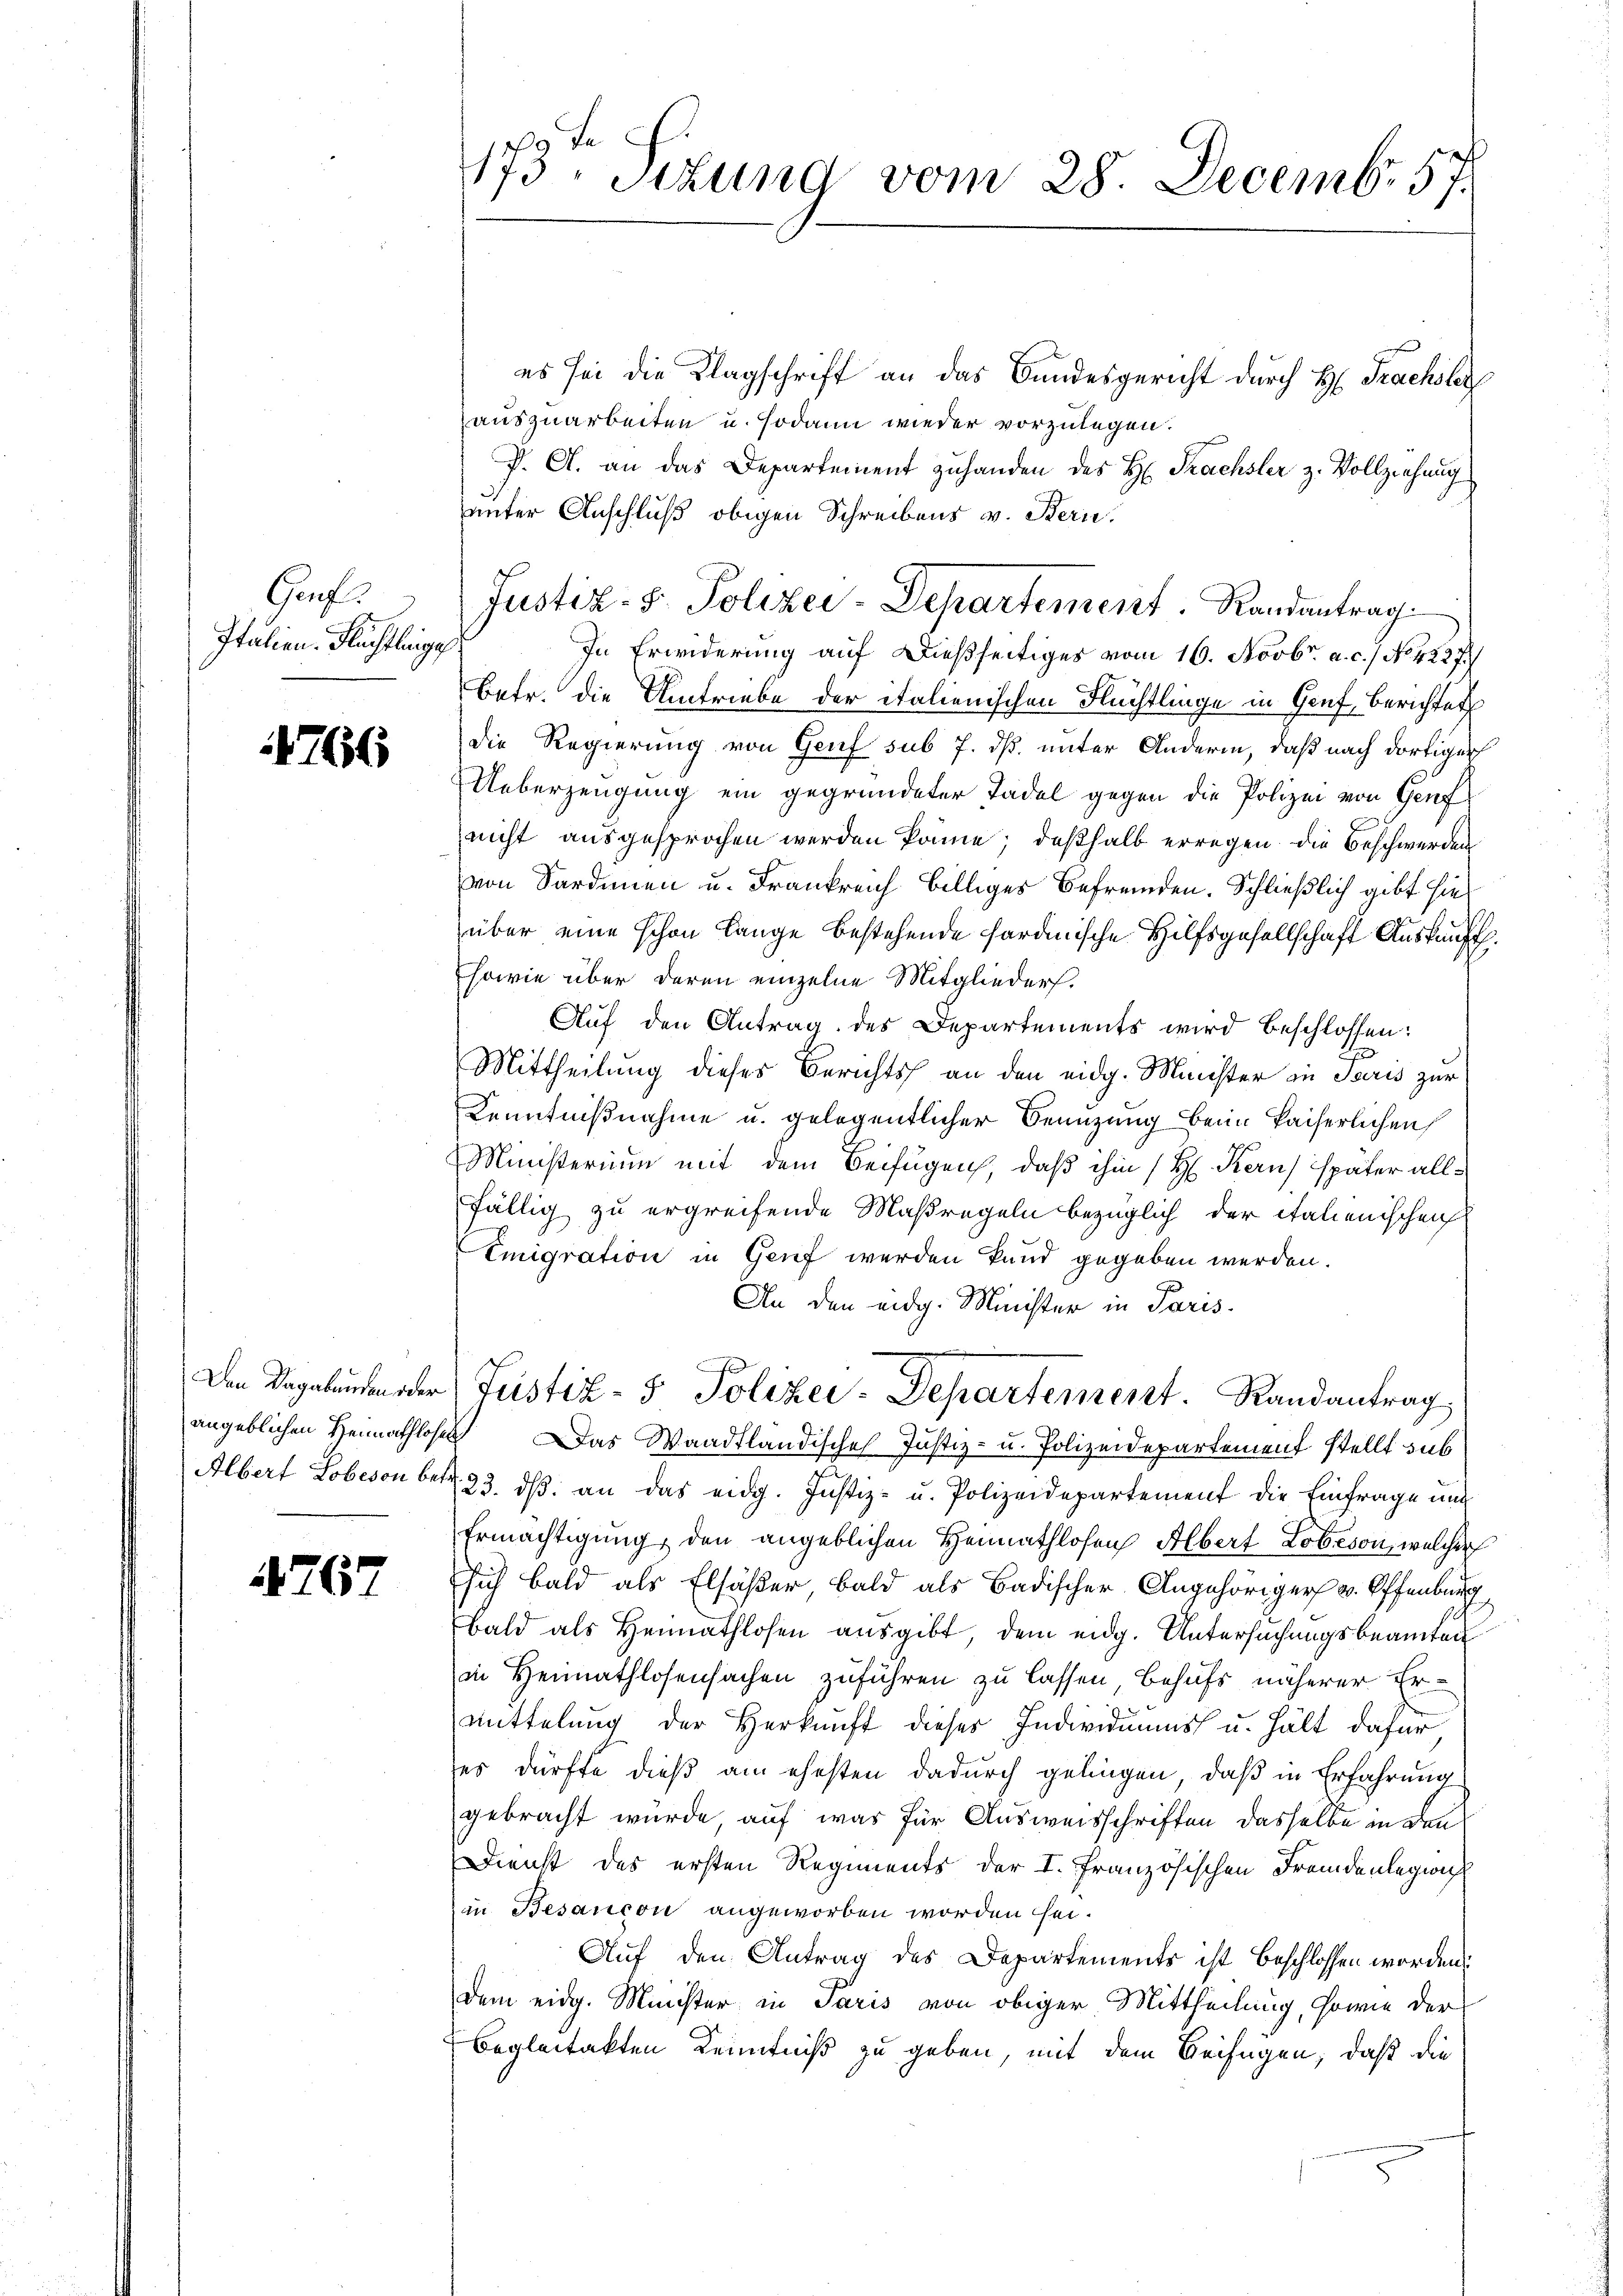
Gruf
Italien Flüchtlinge

4766

Den Vagabunden oder

4767

173. Situng vom 28. Decemb. 57.

es sei die Klagschrift an das Bundesgericht durch H. Trachsler
auszuarbeiten u. sodann wieder vorzulegen.
P. A. an das Departement zuhanden des H. Trachsler z. Vollziehung
unter Anschluß obigen Schreibens v. Bern.
In Erwiderung auf dießseitiges vom 16. Novbr. a. c. / No. 4227.
Betr. die Umtriebe der italienischen Flüchtlinge in Genf, Berichtet
Die Regierung von Genf sub 7. dß. unter Anderm, daß nach dortiger
Ueberzeugung ein gegründeter Tadel gegen die Polizei von Genf
nicht ausgesprochen werden könne; deßhalb erregen die Beschwerden
von Sardinen u. Frankreich billiges Befremden. Schließlich gibt hieüber eine schon lange bestehende sardinische Hilfsgesellschaft Auskauft.
sowie über deren einzelne Mitglieders.
Auf den Antrag des Departements wird beschlossen:
Mittheilung dieses Berichts an den eidg. Meister in Paris zur
Kenntnißnahme u. gelegentlicher Benuzung beim kaiserlichen
Ministerium mit dem Beifügen, daß ihm (H. Kern später allfällig zu ergreifende Maßregeln bezüglich der italienischen
Emigration in Genf werden kund gegeben werden.
An den eidg. Minister in Paris.
Justiz- & Polizei-Departement. Randantrag
angeblichen Heimathlosen Das Waadtländische Justiz- u. Polizeidepartement stellt sub
Albert Lobeson betr. 23. dβ an das eidg. Justiz- u. Polizeidepartement die Einfrage und
Ermächtigung, den angeblichen Heimathlosen Albert Lobeson, welcher
sich bald als Elsäßer, bald als Badischer Angehöriger v. Offenburg
bald als Heimathlosen ausgibt, dem eidg. Untersuchungsbeamten
in Heimathlosensachen zuführen zu lassen behufs näherer Er¬
Mittelung der Herkunft dieser Individuums u. hält dafür
es dürfte dieß am ehesten dadurch gelingen, daß in Erfahrung
gebracht würde, auf was für Ausweisschriften dasselbe in den
Dienst des ersten Regiments der I. Französischen Fremdenlegung
in Besançon angeworben worden sei.
Auf den Antrag des Departements ist beschlossen worden.
dem eidg. Minister in Paris von obiger Mittheilung, sowie der
Begleitakten Kenntniß zu geben, mit dem Beifügen, daß die

Justiz- & Polizei-Departement. Randantrag